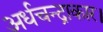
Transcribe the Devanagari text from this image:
अर्धचन्द्राकार।